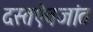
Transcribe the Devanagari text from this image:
दस्तऐवजांत